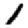
Digit: 1